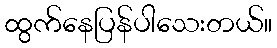
ထွက်နေပြန်ပါသေးတယ်။